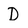
Character: D